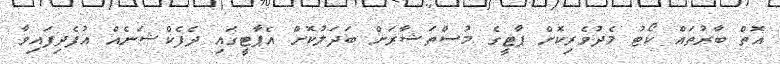
އޮތް ބާރުތައް ކޯޓު މެދުވެރިކޮށް ޕާޓީގެ މުސްތަޝާރަށް ބަދަލުކޮށް އެޕާޓީގައި ދެފެކްޝަނެއް އުފެދިފައިވާ